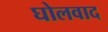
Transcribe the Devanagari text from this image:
घोलवाद